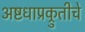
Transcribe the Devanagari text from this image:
अष्टधाप्रक्रुतीचे